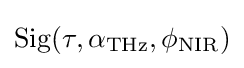
{\rm {Sig}}(\tau ,\alpha _{\rm {THz}},\phi _{\rm {NIR}})